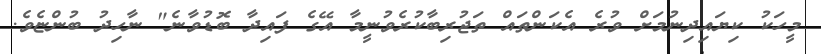
މީހަކު ކިޔައިދިނުމަށް ވުރެ އެކަންތައް ތަޖުރިބާކުރެވުނީމާ އޭގެ ފައިދާ ބޮޑުވާނެ" ނާހިދު ބުންޏެވެ.